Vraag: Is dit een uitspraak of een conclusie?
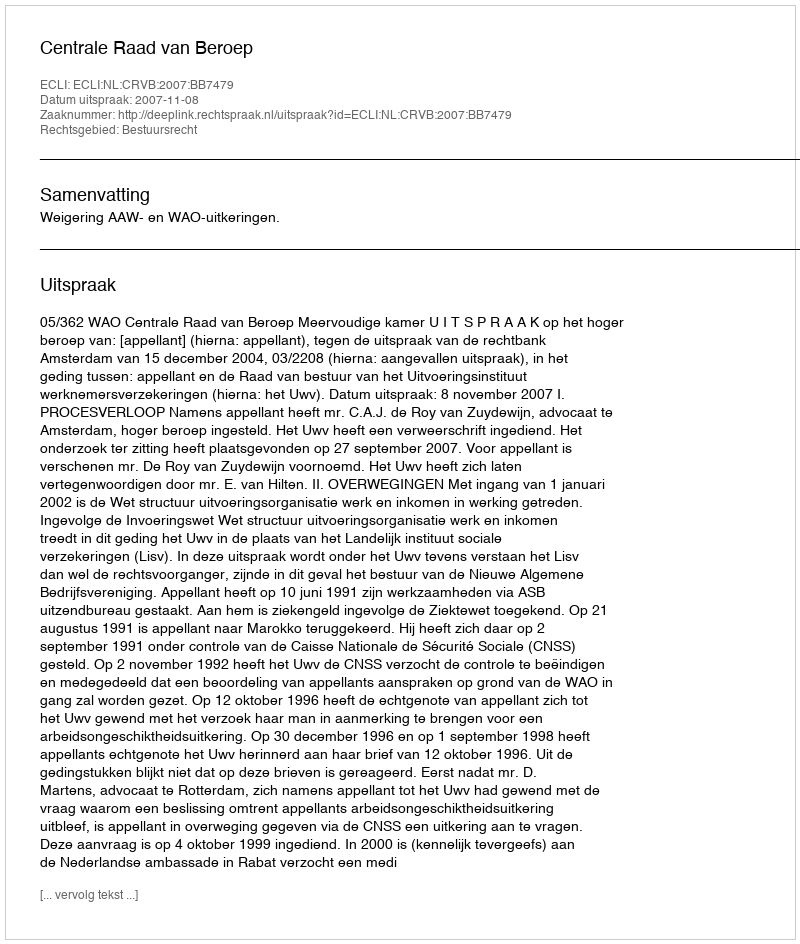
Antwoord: Uitspraak